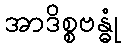
အာဒိစ္စဗန္ဓုံ